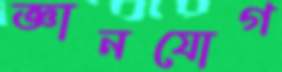
জ্ঞানযোগ